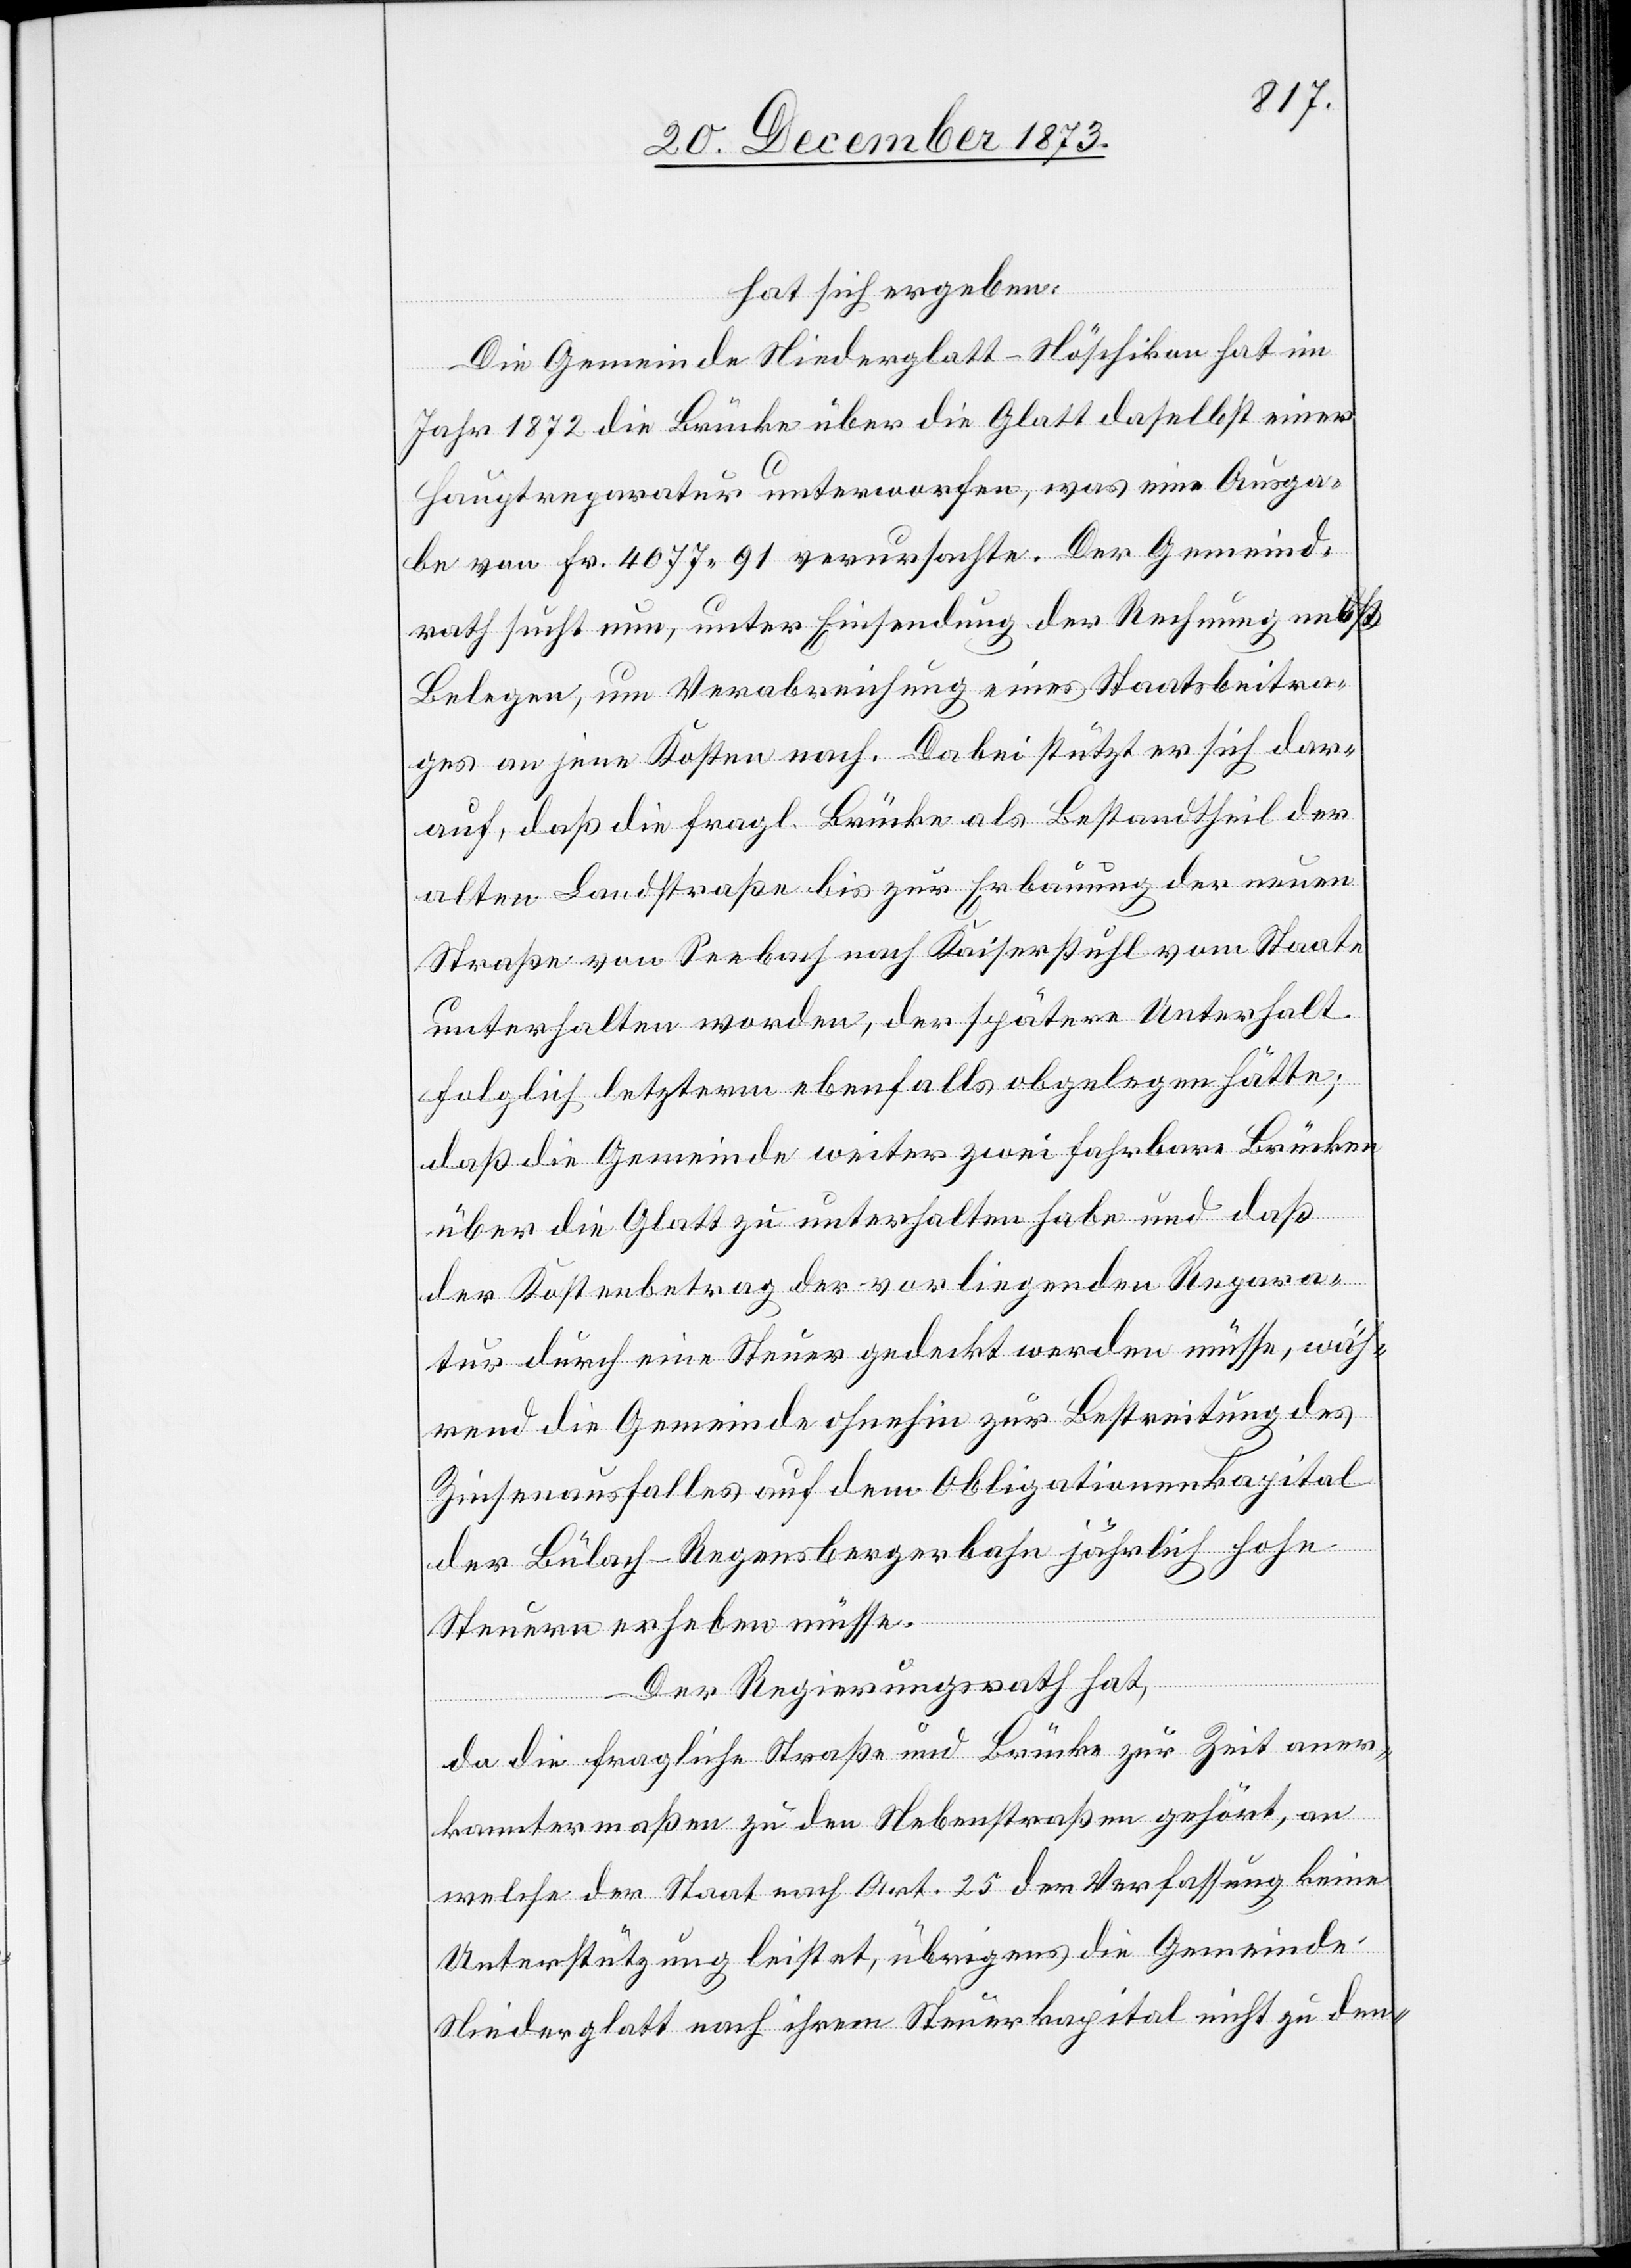
hat sich ergeben:
Die Gemeinde Niederglatt-Nöschikon hat im
Jahr 1872 die Brücke über die Glatt daselbst einer
Hauptreparatur unterworfen, was eine Ausga¬
be von Fr. 4 077 91 verursachte. Der Gemeind¬
rath sucht nun, unter Einsendung der Rechnung nebst
Belegen, um Verabreichung eines Staatsbeitra¬
ges an jene Kosten nach. Dabei stützt er sich dar¬
auf, daß die fragl. Brücke als Bestandtheil der
alten Landstraße bis zur Erbauung der neuen
Straße von Seebach nach Kaiserstuhl vom Staate
unterhalten worden, der spätere Unterhalt
folglich letzterm ebenfalls obgelegen hätte;
daß die Gemeinde weiter zwei fahrbare Brücken
über die Glatt zu unterhalten habe und daß
der Kostenbetrag der vorliegenden Repara¬
tur durch eine Steuer gedeckt werden müsse, wäh¬
rend die Gemeinde ohnehin zur Bestreitung des
Zinsenausfalles auf dem Obligationenkapital
der Bülach–Regensbergerbahn jährlich hohe
Steuern erheben müsse.
Der Regierungsrath hat,
da die fragliche Straße und Brücke zur Zeit aner¬
kanntermaßen zu den Nebenstraßen gehört, an
welche der Staat nach Art. 25 der Verfassung keine
Unterstützung leistet, übrigens die Gemeinde
Niederglatt nach ihrem Steuerkapital nicht zu den-